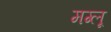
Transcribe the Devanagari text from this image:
मग्लू